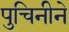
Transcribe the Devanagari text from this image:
पुचिनीने